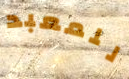
للمعبد